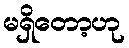
မရှိတော့ဟု